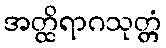
အတ္ထိရာဂသုတ္တံ